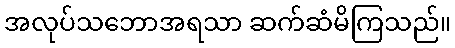
အလုပ်သဘောအရသာ ဆက်ဆံမိကြသည်။